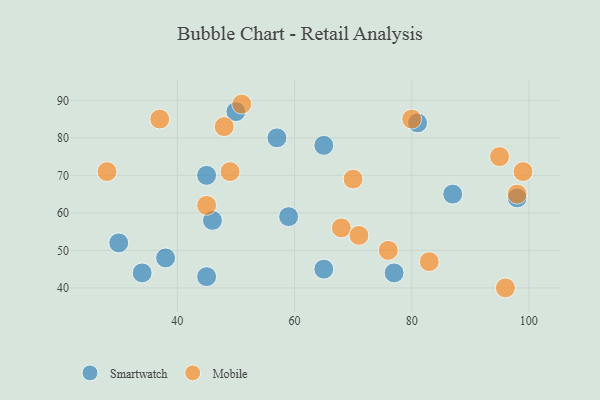
{"axis": {"x": "GDP", "y": "Life Expectancy"}, "legend": ["Mobile", "Smartwatch"], "data": [{"x": "50", "y": 87, "type": "Smartwatch"}, {"x": "98", "y": 64, "type": "Smartwatch"}, {"x": "65", "y": 45, "type": "Smartwatch"}, {"x": "38", "y": 48, "type": "Smartwatch"}, {"x": "46", "y": 58, "type": "Smartwatch"}, {"x": "30", "y": 52, "type": "Smartwatch"}, {"x": "57", "y": 80, "type": "Smartwatch"}, {"x": "77", "y": 44, "type": "Smartwatch"}, {"x": "45", "y": 70, "type": "Smartwatch"}, {"x": "34", "y": 44, "type": "Smartwatch"}, {"x": "81", "y": 84, "type": "Smartwatch"}, {"x": "65", "y": 78, "type": "Smartwatch"}, {"x": "45", "y": 43, "type": "Smartwatch"}, {"x": "59", "y": 59, "type": "Smartwatch"}, {"x": "87", "y": 65, "type": "Smartwatch"}, {"x": "96", "y": 40, "type": "Mobile"}, {"x": "83", "y": 47, "type": "Mobile"}, {"x": "37", "y": 85, "type": "Mobile"}, {"x": "48", "y": 83, "type": "Mobile"}, {"x": "45", "y": 62, "type": "Mobile"}, {"x": "76", "y": 50, "type": "Mobile"}, {"x": "68", "y": 56, "type": "Mobile"}, {"x": "49", "y": 71, "type": "Mobile"}, {"x": "99", "y": 71, "type": "Mobile"}, {"x": "28", "y": 71, "type": "Mobile"}, {"x": "95", "y": 75, "type": "Mobile"}, {"x": "71", "y": 54, "type": "Mobile"}, {"x": "98", "y": 65, "type": "Mobile"}, {"x": "70", "y": 69, "type": "Mobile"}, {"x": "80", "y": 85, "type": "Mobile"}, {"x": "51", "y": 89, "type": "Mobile"}]}